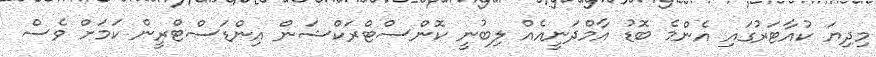
މިދިޔަ ކުއާޓަރުގައި އެންމެ ބޮޑު އާމްދަނީއެއް ލިބުނީ ކޮންސްޓްރަކްޝަން އިންޑަސްޓްރީން ކަމަށް ވެސް